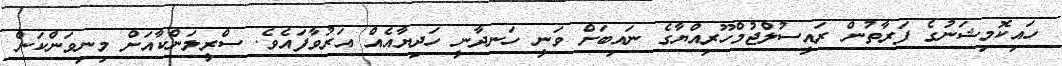
ހައިކޮމިޝަނުގެ ފަރާތުން ރައީސުލްޖުމްހޫރިއްޔާގެ ނައިބަށް ވަނީ ހަނދާނީ ހަދިޔާއެއް އަރުވާފައެވެ. ސްރީލަންކާއަށް މިނިވަންކަން